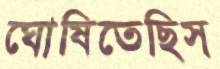
ঘোষিতেছিস